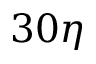
3 0 \eta